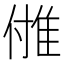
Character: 𨾪